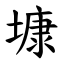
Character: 𡐓